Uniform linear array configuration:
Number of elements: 8
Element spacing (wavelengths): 0.5
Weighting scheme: kaiser
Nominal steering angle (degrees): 30
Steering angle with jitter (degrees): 28.593
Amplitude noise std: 0.05
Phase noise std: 0.05

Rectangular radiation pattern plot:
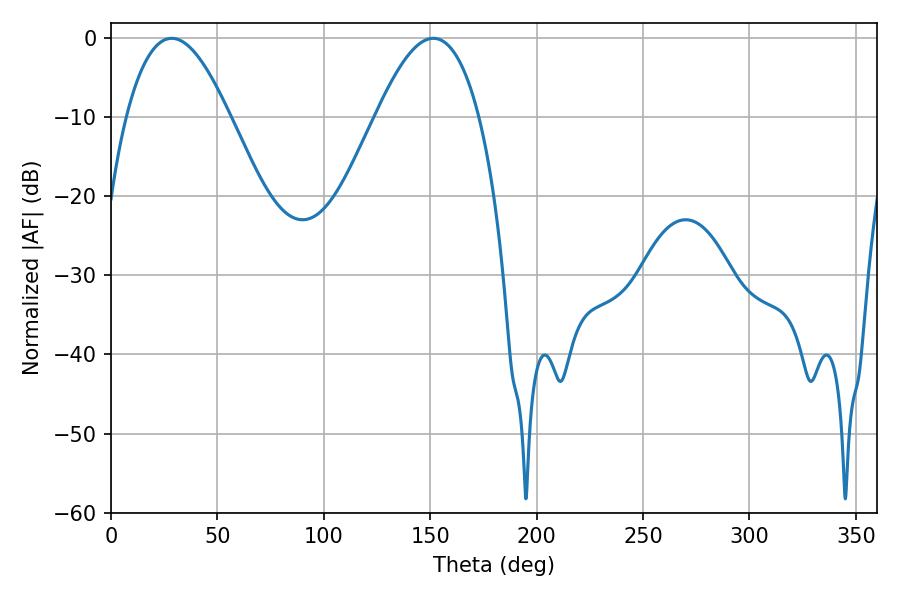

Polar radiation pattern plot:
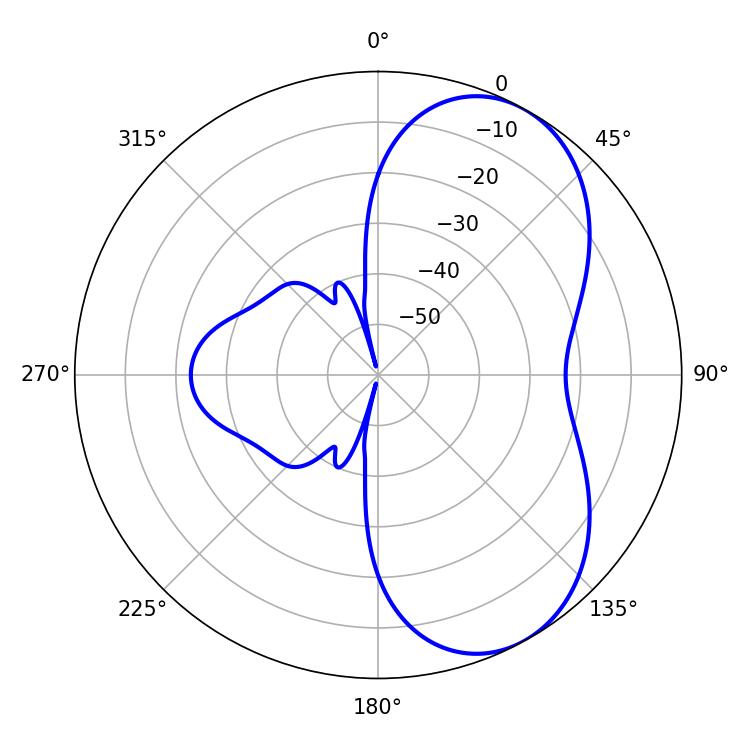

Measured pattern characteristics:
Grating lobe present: FALSE
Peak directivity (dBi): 6.011
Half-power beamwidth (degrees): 26.46
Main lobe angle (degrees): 28.44